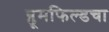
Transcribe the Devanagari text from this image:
ब्लूमफिल्डचा